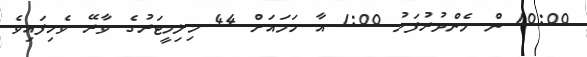
10:00 ން މެންދުރުފަހު 1:00 އާ ހަމައަށް 44 މިލިމީޓަރުގެ ވާރޭ ވެހިފައިވެ